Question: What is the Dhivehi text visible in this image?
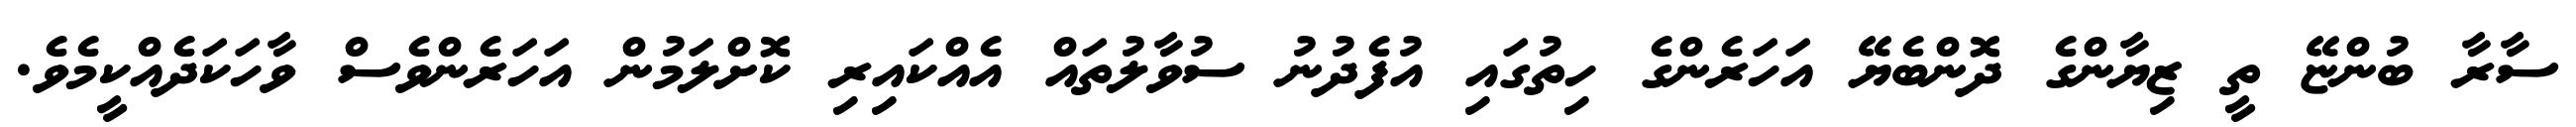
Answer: ސާރާ ބުންޏޭ ތީ ޒިޔާންގެ ދޮންބެޔޭ އަހަރެންގެ ހިތުގައި އުފެދުނު ސުވާލުތައް އެއްކައިރި ކޮށްލަމުން އަހަރެންވެސް ވާހަކަދެއްކީމެވެ.